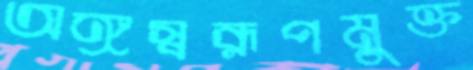
অঙ্গস্বরূপমুক্ত